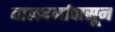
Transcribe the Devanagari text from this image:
बालवर्गापासून